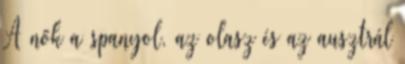
A nők a spanyol, az olasz és az ausztrál